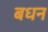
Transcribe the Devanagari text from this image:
बधन